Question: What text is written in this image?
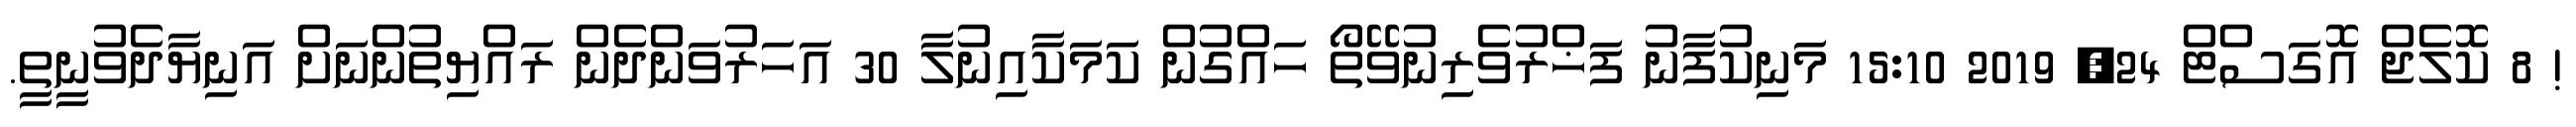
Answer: ! 8 ކޮލެޖް އޮގަސްޓް 24, 2019 15:10 މަނިކުފާނު ފަޚްރުވެރިނުވޭތޯ ހައްގުން ކަމަކާއިނުލާ 30 އަހަރުވަންދެން ރައްޔިތުންނަށް އަނިޔާދެވުނީތީ.